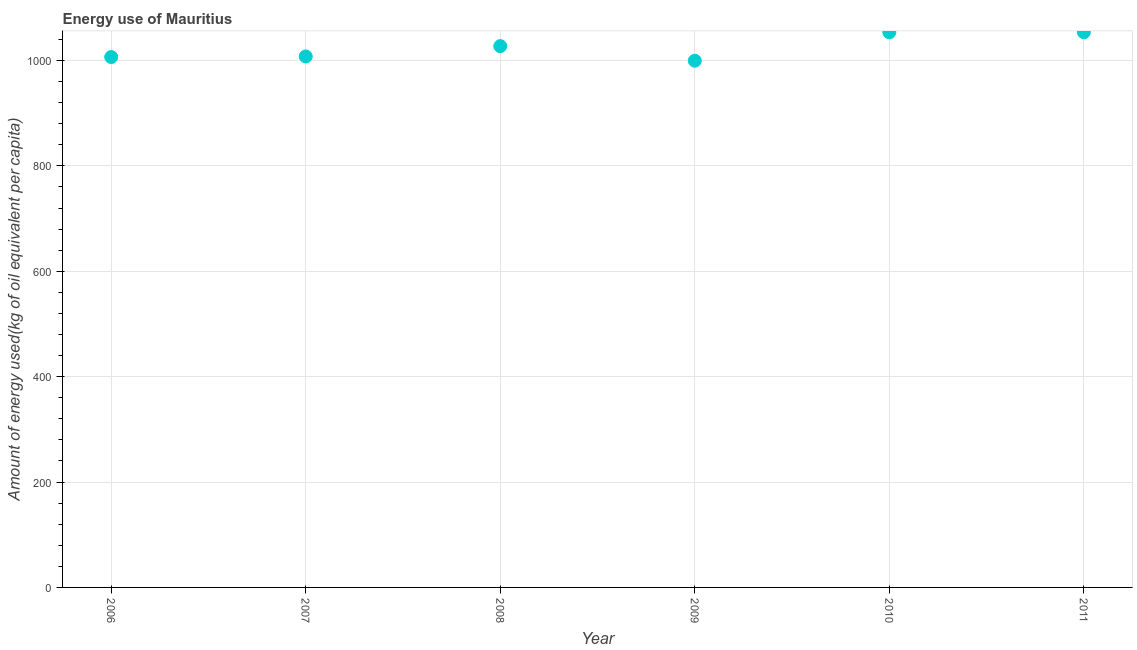
| Year | Energy use  |
 | --- | --- |
 | 2006 | 1.01e+03 |
 | 2007 | 1.01e+03 |
 | 2008 | 1.03e+03 |
 | 2009 | 999 |
 | 2010 | 1.05e+03 |
 | 2011 | 1.05e+03 |